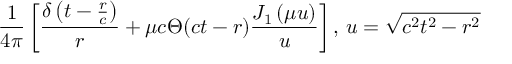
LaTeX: { \frac { 1 } { 4 \pi } } \left[ { \frac { \delta \left( t - { \frac { r } { c } } \right) } { r } } + \mu c \Theta ( c t - r ) { \frac { J _ { 1 } \left( \mu u \right) } { u } } \right] , \, u = { \sqrt { c ^ { 2 } t ^ { 2 } - r ^ { 2 } } }